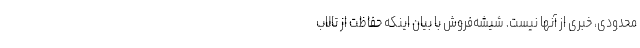
محدودی، خبری از آنها نیست. شیشه‌فروش با بیان اینکه حفاظت از تالاب